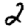
Digit: 2